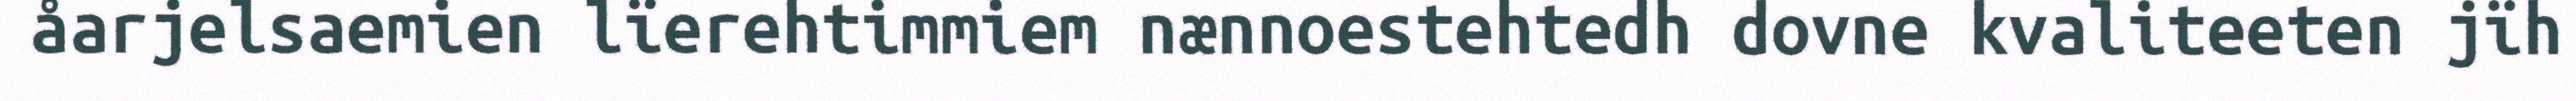
åarjelsaemien lïerehtimmiem nænnoestehtedh dovne kvaliteeten jïh